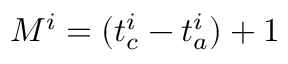
M ^ { i } = ( t _ { c } ^ { i } - t _ { a } ^ { i } ) + 1